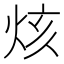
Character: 烗